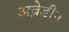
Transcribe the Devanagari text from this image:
अब्रेडीन